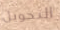
التحويل